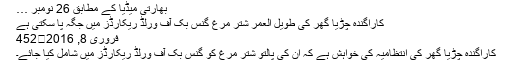
بھارتی میڈیا کے مطابق 26 نومبر …
کاراگندہ چڑیا گھر کی طویل العمر شتر مرغ گنس بک آف ورلڈ ریکارڈز میں جگہ پا سکتی ہے
فروری 8, 2016	452
کاراگندہ چڑیا گھر کی انتظامیہ کی خواہش ہے کہ ان کی پالتو شتر مرغ کو گنس بک آف ورلڈ ریکارڈز میں شامل کیا جائے۔